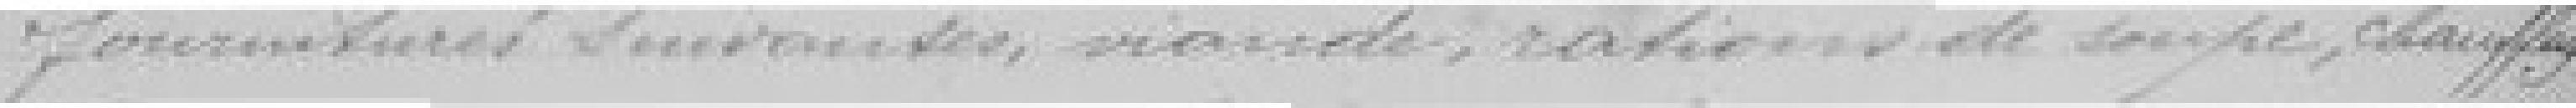
fournitures suivantes, viande, rations de soupe, chauffage